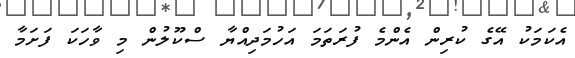
އެކަމަކު އޭގެ ކުރިން އެންމެ ފުރަތަމަ އަހުމަދިއްޔާ ސްކޫލުން މި ވާހަކަ ފަށަމާ